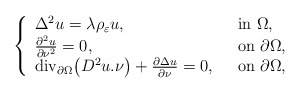
\begin{align*}\left\{\begin{array}{ll}\Delta^2 u = \lambda\rho_{\varepsilon} u,\ \ & {\rm in}\ \Omega,\\\frac{\partial^2 u}{\partial \nu^2 }=0 ,\ \ & {\rm on}\ \partial \Omega,\\{\rm div_{\partial\Omega}}\big(D^2u.\nu\big)+\frac{\partial\Delta u}{\partial\nu}=0 ,\ \ & {\rm on}\ \partial \Omega,\end{array}\right.\end{align*}